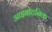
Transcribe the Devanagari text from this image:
आइबोटनिक